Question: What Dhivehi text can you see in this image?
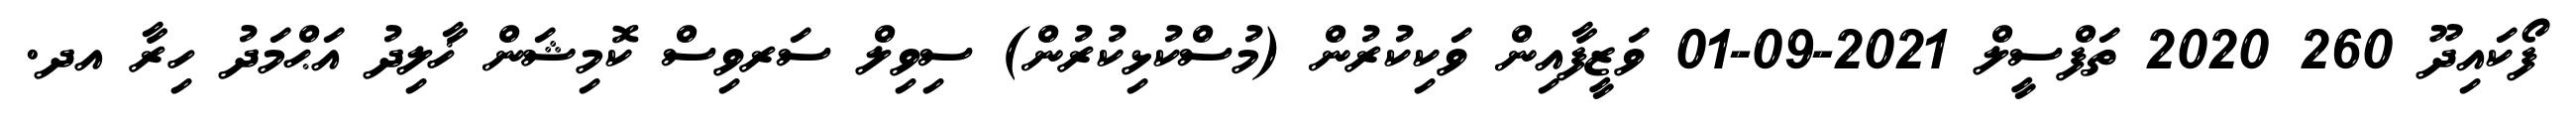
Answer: ފޯކައިދޫ 260 2020 ތަފްސީލް 2021-09-01 ވަޒީފާއިން ވަކިކުރުން (މުސްކުޅިކުރުން) ސިވިލް ސަރވިސް ކޮމިޝަން ޚާލިދު އަޙްމަދު ހިރާ އދ.